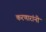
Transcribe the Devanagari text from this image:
करणारांनी